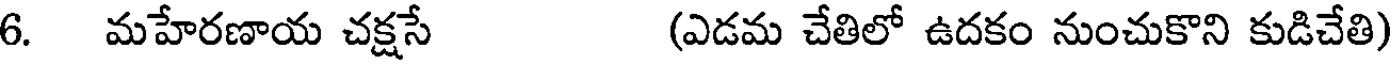
6. మహేరణాయ చక్షసే (ఎడమ చేతిలో ఉదకం నుంచుకొని కుడిచేతి)